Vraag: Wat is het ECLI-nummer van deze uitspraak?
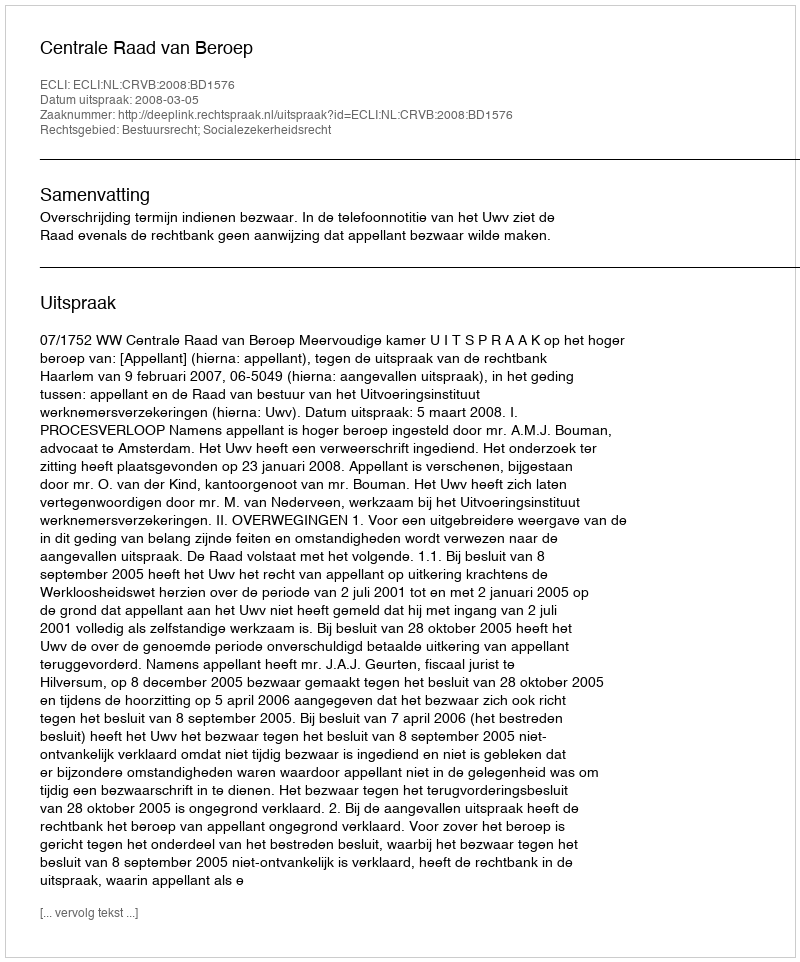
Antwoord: ECLI:NL:CRVB:2008:BD1576